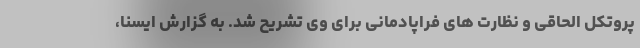
پروتکل الحاقی و نظارت های فراپادمانی برای وی تشریح شد. به گزارش ایسنا،